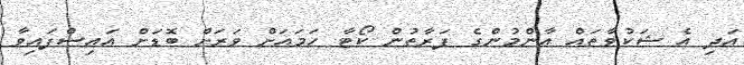
އަދި އެ ޝަކުވާތައް އާންމުންގެ ފަރާތުން ކޯޓާ ހަމައަށް ވަރަށް ބޮޑަށް އައިސްފައިވާ